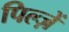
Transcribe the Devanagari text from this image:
पिल्ज़ें